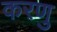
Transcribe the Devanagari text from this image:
करणु